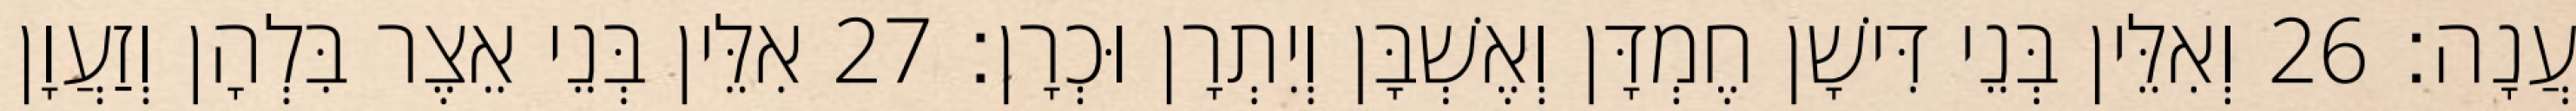
עֲנָה׃ 26 וְאִלֵּין בְּנֵי דִּישָׁן חֶמְדָּן וְאֶשְׁבָּן וְיִתְרָן וּכְרָן׃ 27 אִלֵּין בְּנֵי אֵצֶר בִּלְהָן וְזַעֲוָן